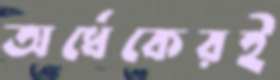
অর্ধেকেরই